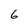
Character: 6